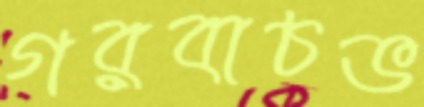
গরবাচভ